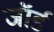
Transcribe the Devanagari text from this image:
जॉर्ड